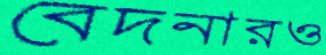
বেদনারও